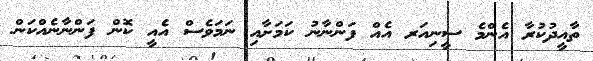
ތާއީދުކުރާ އެންމެ ސީނިއަރ އެއް ފަންނާނު ކަމަށާއި ނަމަވެސް އެއީ ކޮން ފަންނާނެއްކަން